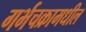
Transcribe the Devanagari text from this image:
गर्भचक्रामधील